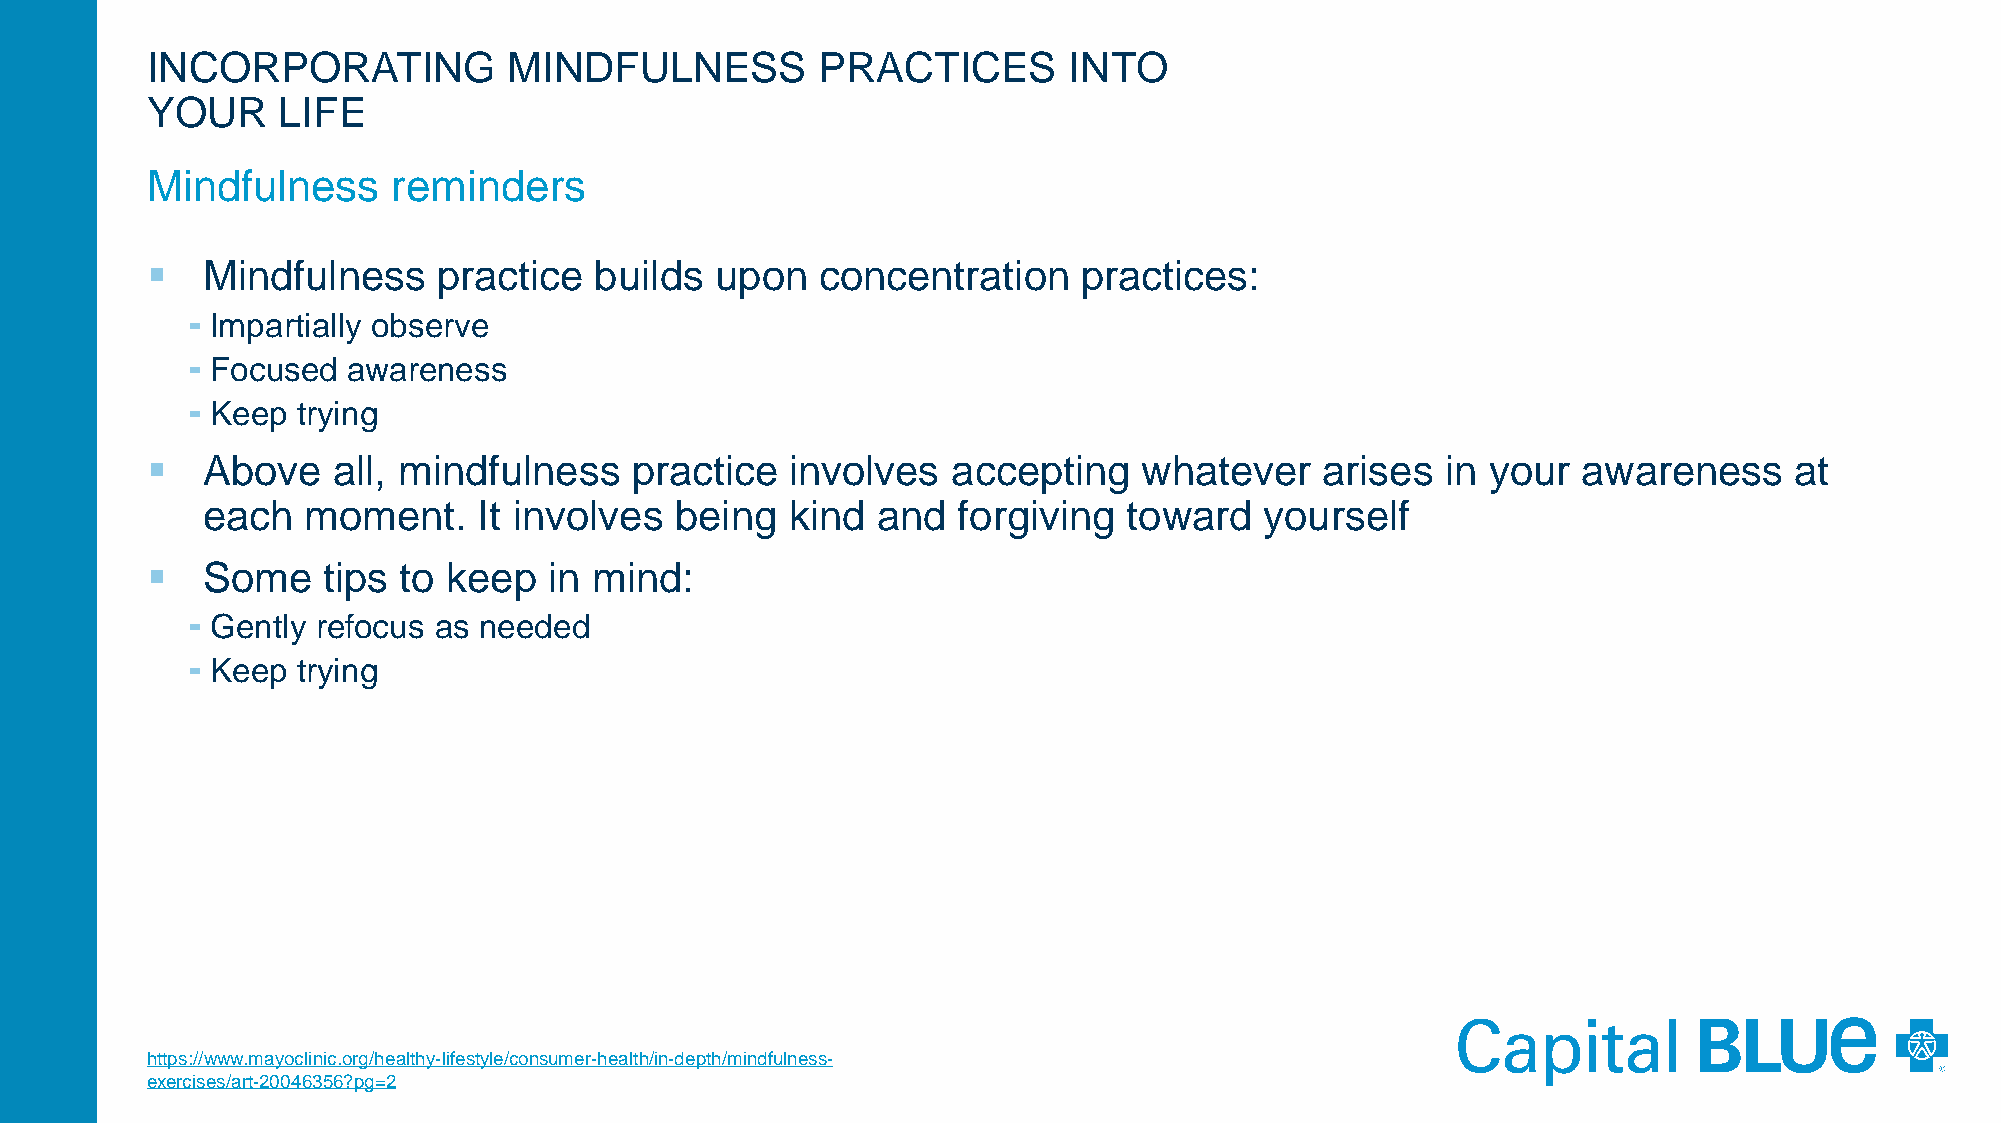
INCORPORATING           MINDFULNESS         PRACTICES        INTO
 YOUR    LIFE
 Mindfulness     reminders
   Mindfulness     practice  builds  upon   concentration     practices:
 ⁃ Impartially observe
 ⁃ Focused awareness
 ⁃ Keep trying
   Above    all, mindfulness    practice  involves   accepting    whatever   arises   in your  awareness     at
 each   moment.     It involves  being  kind  and  forgiving   toward   yourself
   Some    tips to  keep  in mind:
 ⁃ Gently refocus as needed
 ⁃ Keep trying
 https://www.mayoclinic.org/healthy-lifestyle/consumer-health/in-depth/mindfulness-
 exercises/art-20046356?pg=2